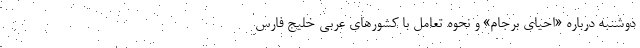
دوشنبه درباره «احیای برجام» و نحوه تعامل با کشورهای عربی خلیج فارس